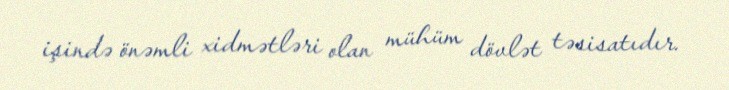
işində önəmli xidmətləri olan mühüm dövlət təsisatıdır.